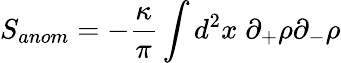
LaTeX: S_{anom}=-\frac{\kappa}{\pi}\int d^{2}x\; \partial_{+}\rho\partial_{-}\rho